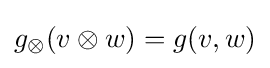
g_{\otimes }(v\otimes w)=g(v,w)